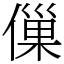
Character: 㑿